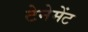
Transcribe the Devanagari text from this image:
टेनेमेंट